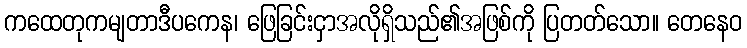
ကထေတုကမျတာဒီပကေန၊ ဖြေခြင်းငှာအလိုရှိသည်၏အဖြစ်ကို ပြတတ်သော။ တေနေဝ